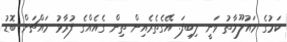
ކަމުގެ މައުލޫމާތު ވަނީ ލިބިފަ. އޭގެތެރެއިން ތިން ގެއެއްގެ ފުރާޅު މައްޗަށް ބޮޑު